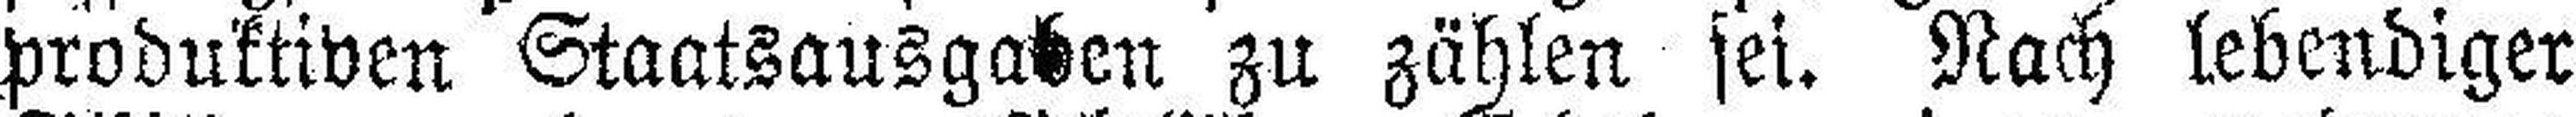
produktiven Staatsausgaben zu zählen sei. Nach lebendiger